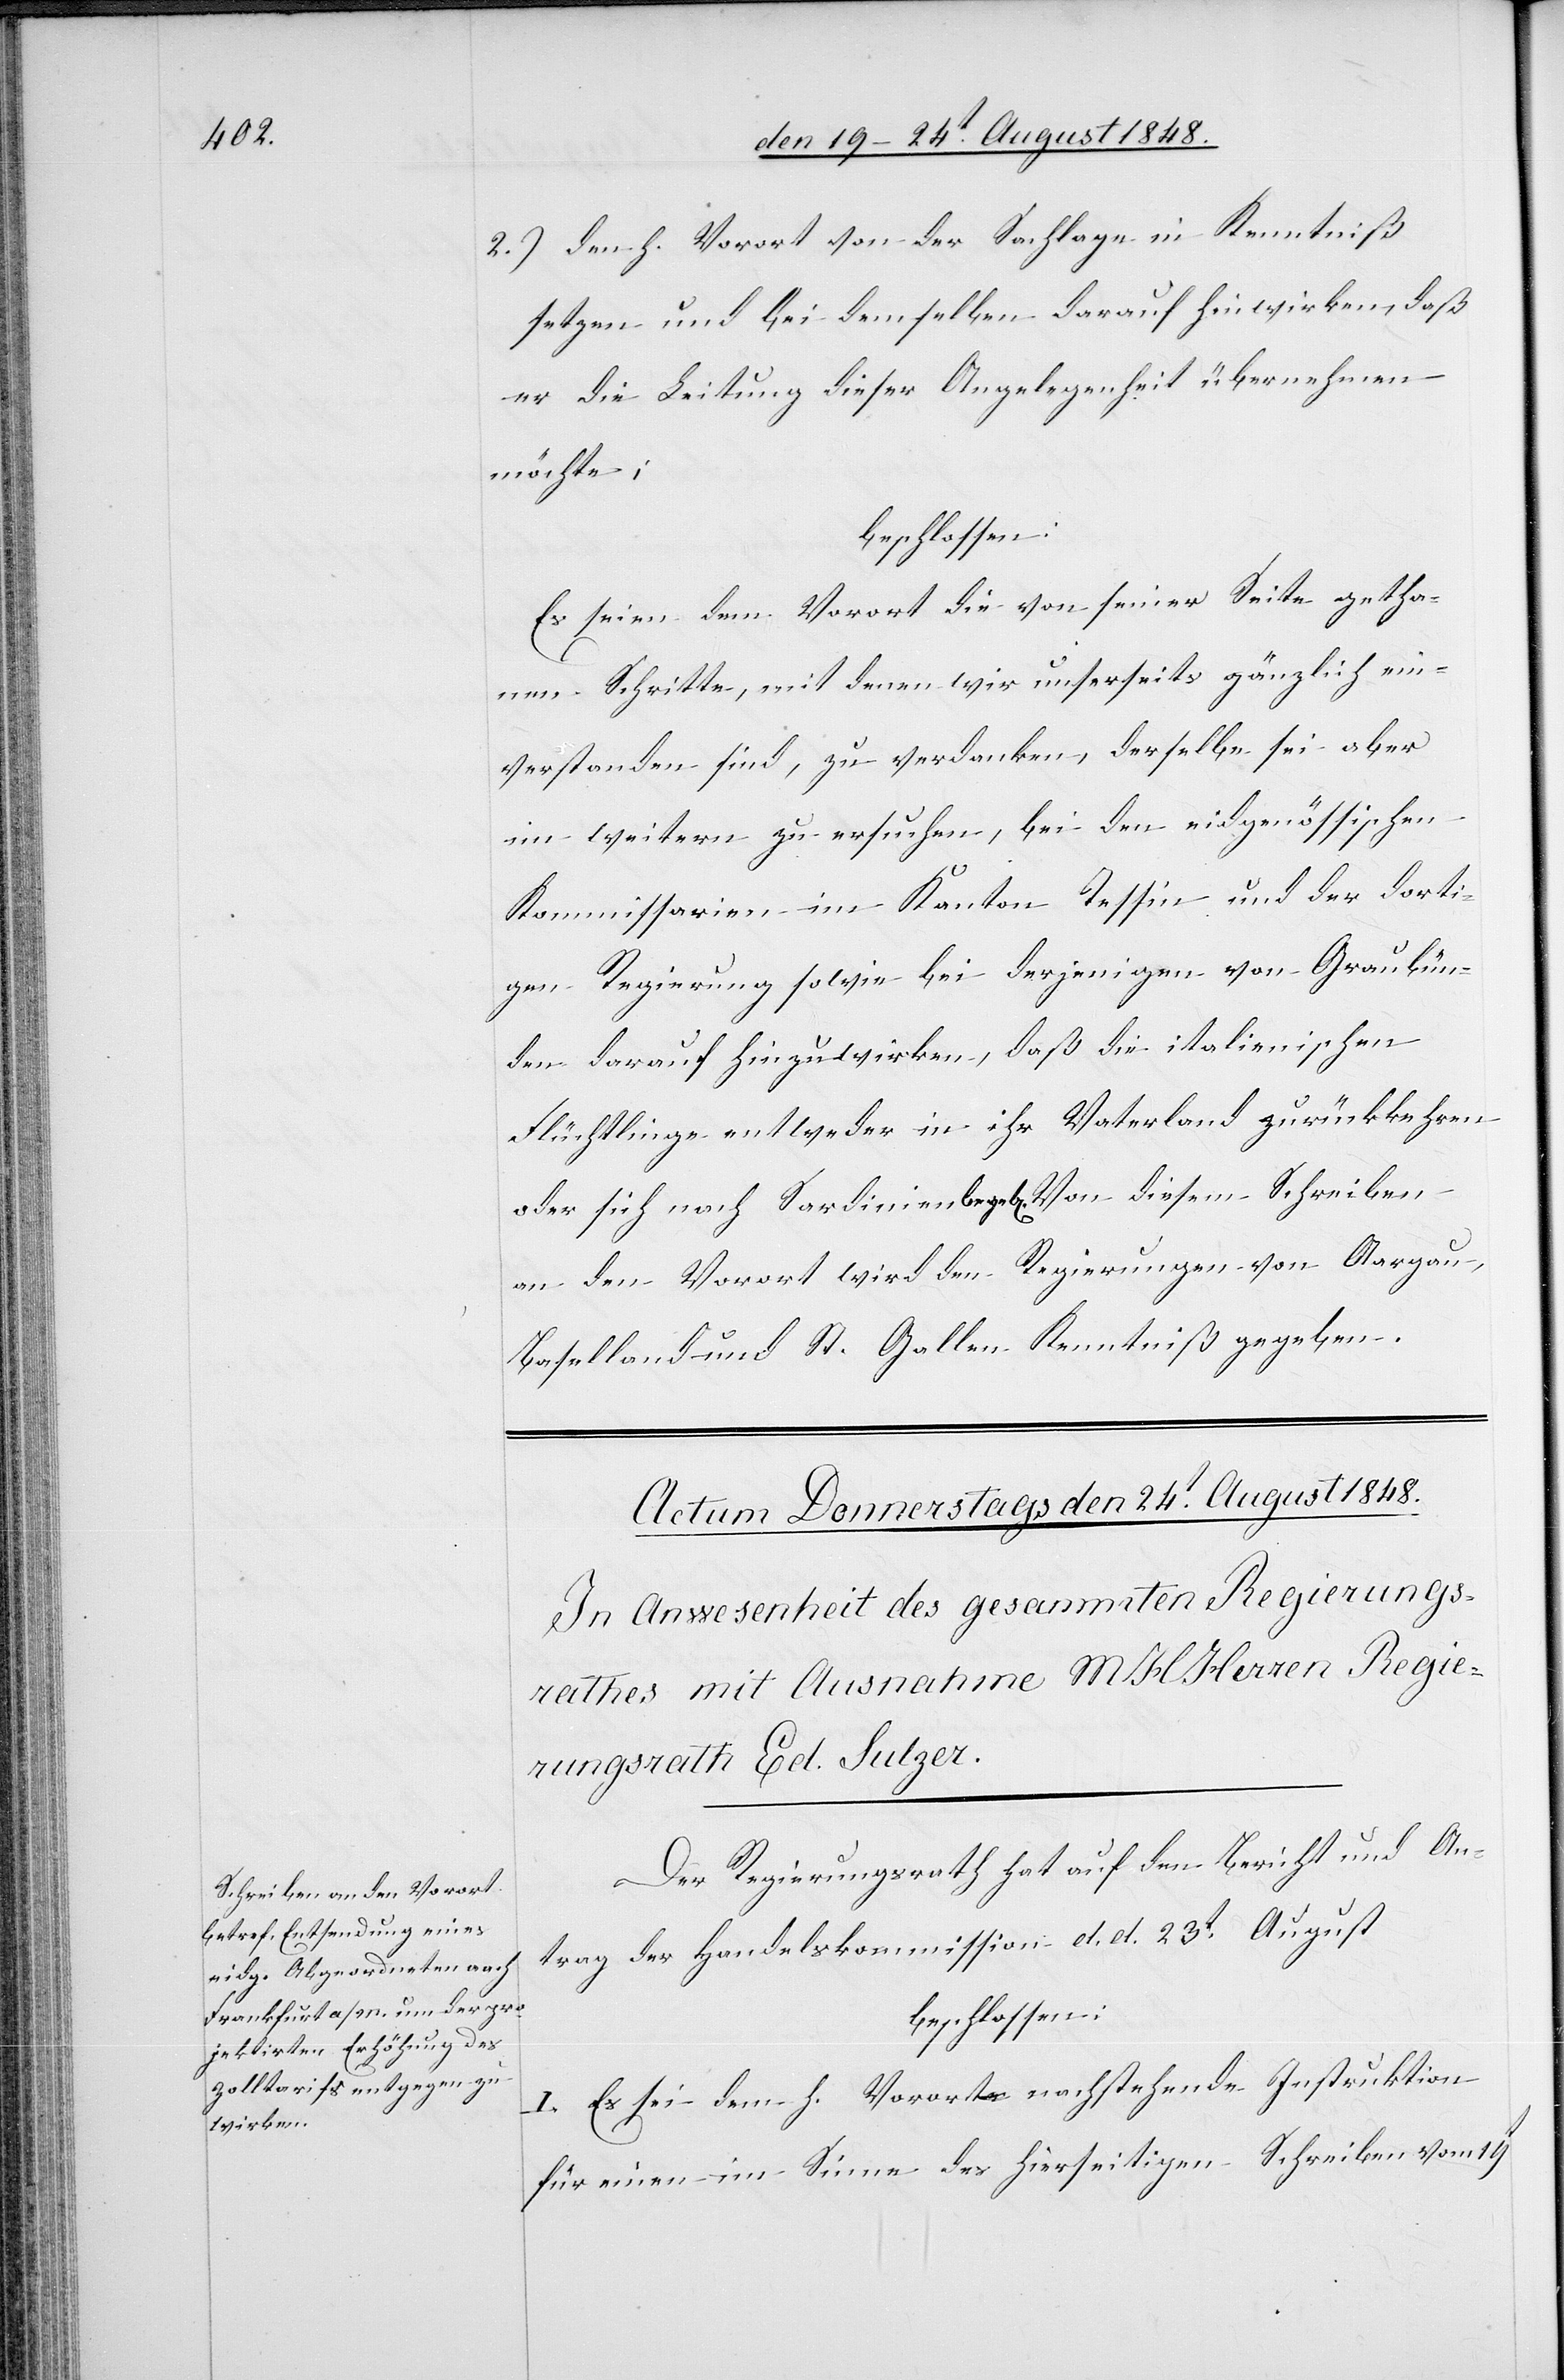
2.) den h. Vorort von der Sachlage in Kenntniß
setzen und bei demselben darauf hinwirken, daß
er die Leitung dieser Angelegenheit übernehmen
möchte;
beschlossen:
Es seien dem Vorort die von seiner Seite getha¬
nen Schritte, mit denen wir unserseits gänzlich ein¬
verstanden sind, zu verdanken, derselbe sei aber
im weitern zu ersuchen, bei den eidgenössischen
Kommissarien im Kanton Tessin und der dorti¬
gen Regierung sowie bei derjenigen von Graubün¬
den darauf hinzuwirken, daß die italienischen
Flüchtlinge entweder in ihr Vaterland zurückkehren
oder sich nach Sardinien bege[ben]. Von diesem Schreiben
an den Vorort wird den Regierungen von Aargau,
Baselland und St. Gallen Kenntniß gegeben.
Der Regierungsrath hat auf den Bericht und An¬
trag der Handelskommission d. d. 23t August
beschlossen:
I. Es sei dem h. Vorort nachstehende Instruktion
für einen im Sinne des hierseitigen Schreiben vom 19t